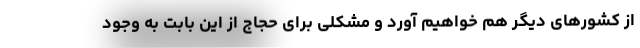
از کشورهای دیگر هم خواهیم آورد و مشکلی برای حجاج از این بابت به وجود